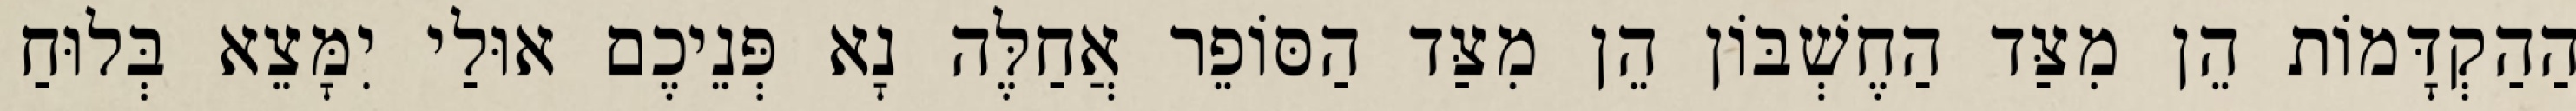
הַהַקְדָּמוֹת הֵן מִצַּד הַחֶשְׁבּוֹן הֵן מִצַּד הַסּוֹפֵר אֲחַלֶּה נָא פְּנֵיכֶם אוּלַי יִמָּצֵא בְּלוּחַ